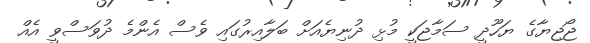
ޖޯޖިޔާގެ ޔަހޫދީ ސަމާޖަކީ މުޅި ދުނިޔެއަށް ބަލާއިރުގައި ވެސް އެންމެ ދުވަސްވީ އެއް